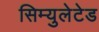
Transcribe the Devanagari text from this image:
सिम्युलेटेड